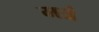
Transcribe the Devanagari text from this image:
मत्रं